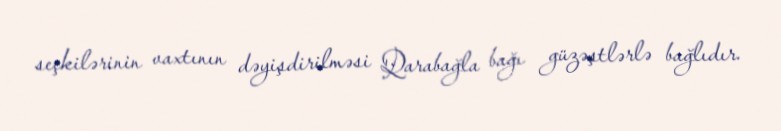
seçkilərinin vaxtının dəyişdirilməsi Qarabağla bağı güzəştlərlə bağlıdır.